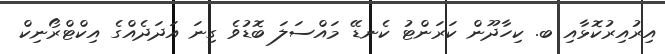
އިރުއިރުކޮޅާއި ބ. ކިހާދޫން ކަރަންޓު ކެނޑޭ މައްސަލަ ބޮޑުވެ ގިނަ އަދަދެއްގެ އިކްޓްރޯނިކް